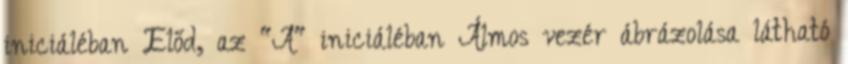
iniciáléban Előd, az "A" iniciáléban Álmos vezér ábrázolása látható